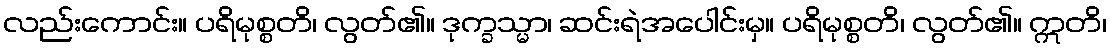
လည်းကောင်း။ ပရိမုစ္စတိ၊ လွတ်၏။ ဒုက္ခသ္မာ၊ ဆင်းရဲအပေါင်းမှ။ ပရိမုစ္စတိ၊ လွတ်၏။ ဣတိ၊